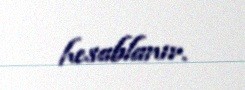
hesablanır.